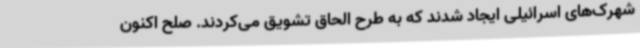
شهرک‌های اسرائیلی ایجاد شدند که به طرح الحاق تشویق می‌کردند. صلح اکنون